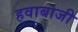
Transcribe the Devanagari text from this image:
हवाबाजी